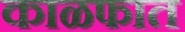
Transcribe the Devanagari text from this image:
काळफात